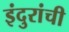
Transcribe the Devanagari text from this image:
इंदुरांची